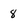
Character: 8